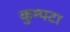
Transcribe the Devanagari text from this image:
कुम्पटा